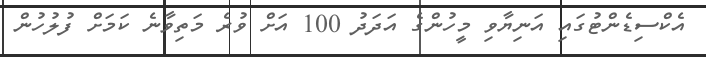
އެކްސިޑެންޓުގައި އަނިޔާވި މީހުންގެ އަދަދު 100 އަށް ވުރެ މަތިވާނެ ކަމަށް ފުލުހުން